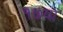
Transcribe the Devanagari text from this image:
१७या